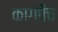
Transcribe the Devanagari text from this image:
कागपेंच